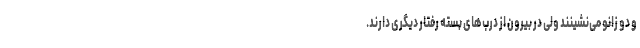
و دو زانو می‌نشینند ولی در بیرون از درب‌های بسته رفتار دیگری دارند.